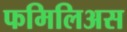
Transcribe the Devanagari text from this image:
फमिलिअस